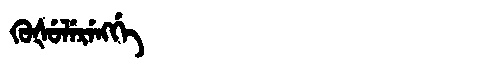
Manchu: ᡴᡠᡧᡠᠯᡝᡵᡝᠩᡤᡝ
Romanization: KUŠULERENGGE